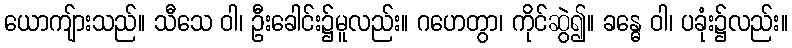
ယောကျ်ားသည်။ သီသေ ဝါ၊ ဦးခေါင်း၌မူလည်း။ ဂဟေတွာ၊ ကိုင်ဆွဲ၍။ ခန္ဓေ ဝါ၊ ပခုံး၌လည်း။